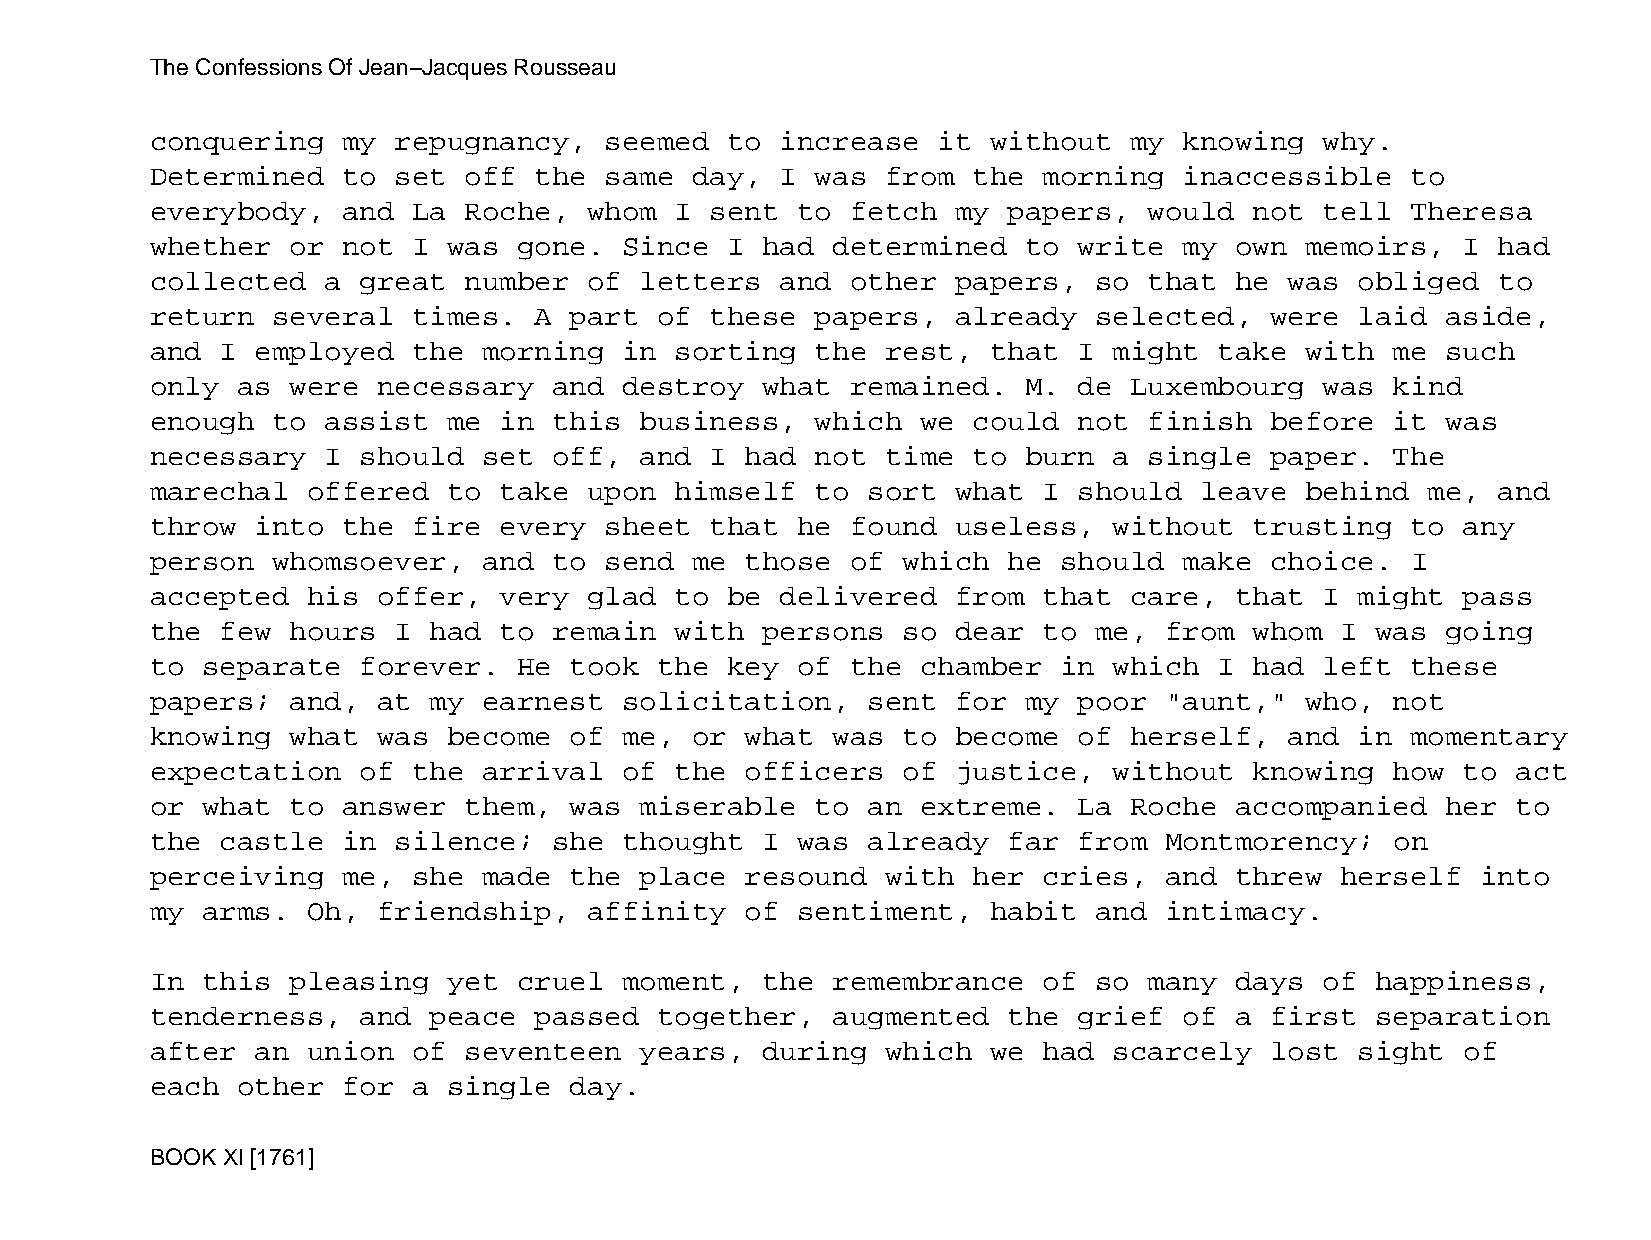
The Confessions Of Jean−Jacques Rousseau
 conquering   my repugnancy,   seemed  to  increase  it  without  my knowing   why.
 Determined   to set  off the  same  day,  I was  from the  morning  inaccessible   to
 everybody,   and La  Roche,  whom  I sent  to fetch  my  papers,  would  not  tell Theresa
 whether  or  not I  was gone.  Since  I had  determined   to write  my  own memoirs,   I had
 collected   a great  number  of letters   and other  papers,  so  that  he was  obliged  to
 return  several  times.  A  part  of these  papers,  already  selected,   were  laid  aside,
 and  I employed  the  morning  in  sorting  the  rest,  that I  might  take with  me  such
 only  as were  necessary   and destroy  what  remained.   M. de  Luxembourg   was kind
 enough  to  assist  me in  this business,   which  we could  not  finish  before  it  was
 necessary   I should  set  off, and  I had  not  time to  burn  a single  paper.  The
 marechal  offered   to take  upon  himself  to sort  what  I should  leave  behind   me, and
 throw  into  the fire  every  sheet  that  he found  useless,   without  trusting  to  any
 person  whomsoever,   and  to send  me those  of  which  he should  make  choice.  I
 accepted  his  offer,  very  glad  to be  delivered  from  that  care,  that  I might  pass
 the  few hours  I had  to  remain  with persons   so dear  to me,  from  whom  I was  going
 to separate   forever.  He  took  the key  of the  chamber  in  which  I had  left these
 papers;  and,  at my  earnest  solicitation,   sent  for  my poor  "aunt,"  who,  not
 knowing  what  was  become  of me,  or what  was  to become  of  herself,  and  in momentary
 expectation   of the  arrival  of  the officers   of justice,   without  knowing  how  to act
 or what  to  answer  them,  was miserable   to an  extreme.  La  Roche  accompanied   her to
 the  castle  in silence;   she thought  I  was already   far from  Montmorency;   on
 perceiving   me, she  made  the place  resound   with her  cries,  and  threw  herself  into
 my arms.  Oh,  friendship,   affinity  of  sentiment,   habit and  intimacy.
 In this  pleasing   yet cruel  moment,  the  remembrance   of so  many  days  of happiness,
 tenderness,   and peace  passed   together,  augmented   the grief  of  a first  separation
 after  an union  of  seventeen  years,  during   which  we had  scarcely  lost  sight  of
 each  other  for a  single  day.
 BOOK XI [1761]